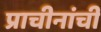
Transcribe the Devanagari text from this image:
प्राचीनांची